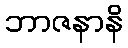
ဘာဇနာနိ